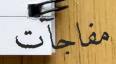
مفاجآت